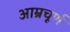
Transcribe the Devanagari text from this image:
आम्रचूर्ण